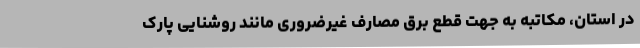
در استان، مکاتبه به جهت قطع برق مصارف غیرضروری مانند روشنایی پارک